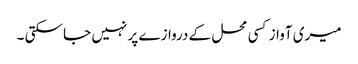
میری آواز کسی محل کے دروازے پر نہیں جا سکتی ۔